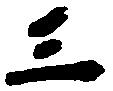
三